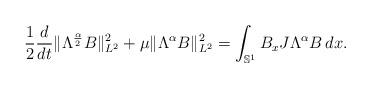
LaTeX: \begin{align*}\frac12\frac{d}{dt} \|\Lambda^{\frac{\alpha}{2}}B\|_{L^2}^2+\mu \|\Lambda^{\alpha}B\|_{L^2}^2=\int_{\mathbb S^1} B_x J \Lambda^\alpha B\, dx.\end{align*}